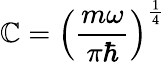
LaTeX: \mathbb{C}=\left({\frac{{m\omega}}{{\pi\hbar}}}\right)^{\frac{{1}}{{4}}}